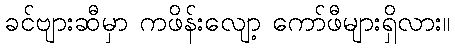
ခင်ဗျားဆီမှာ ကဖိန်းလျော့ ကော်ဖီများရှိလား။